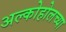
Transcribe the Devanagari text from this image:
अल्कोहोलच्या